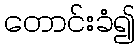
တောင်းခံ၍